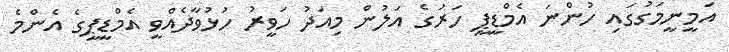
އަމީނީމަގުގައި ހުންނަ އެމްޑީޕީ ހަރުގެ އަލުން މިއަދު ހަވީރު ހުޅުވާދެއްވީ އެމްޑީޕީގެ އެންމެ